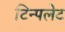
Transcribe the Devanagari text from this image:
टिन्पलेट